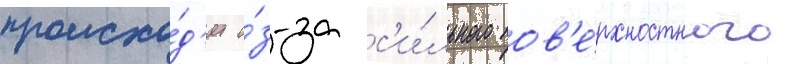
происхо́д'ит и́з-за с'и́льного пов'е́рхностного